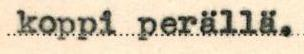
koppi perällä.